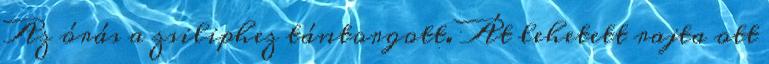
Az órás a zsiliphez tántorgott. Át lehetett rajta ott